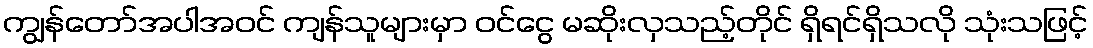
ကျွန်တော်အပါအဝင် ကျန်သူများမှာ ဝင်ငွေ မဆိုးလှသည့်တိုင် ရှိရင်ရှိသလို သုံးသဖြင့်